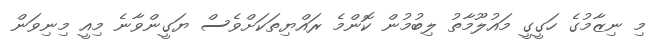
މި ނިޒާމުގެ ހަގީގީ މައުލޫމާތު ލިބުމުން ކޮންމެ ރައްޔިތަކަށްވެސް ޔަގީންވާނެ މިއީ މިނިވަން